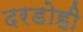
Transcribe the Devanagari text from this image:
दरडोही